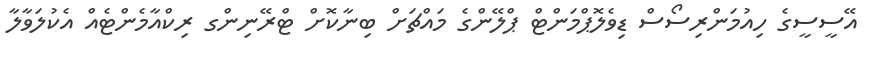
އޭސީސީގެ ހިއުމަންރިސޯސް ޑިވެލޮޕްމަންޓް ޕްލޭންގެ މައްޗަށް ބިނާކޮށް ޓްރޭނިންގ ރިކްއާމެންޓެއް އެކުލަވާލާ